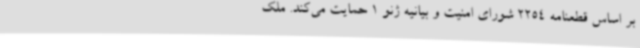
بر اساس قطعنامه‌ 2254 شورای امنیت و بیانیه ژنو 1 حمایت می‌کند. ملک